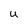
Character: U